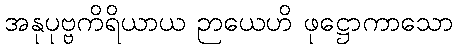
အနုပုဗ္ဗကိရိယာယ ဉာယေဟိ ဖုဋ္ဌောကာသော